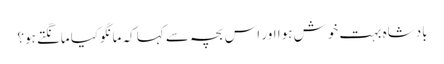
بادشاہ بہت خوش ہوا اور اس بچہ سے کہا کہ مانگوکیا مانگتے ہو؟